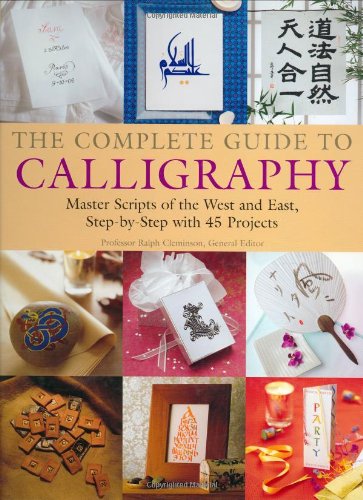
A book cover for The Complete Guide to Calligraphy: Master Scripts of the West and East, Step-by-Step with 45 Projects; Reference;